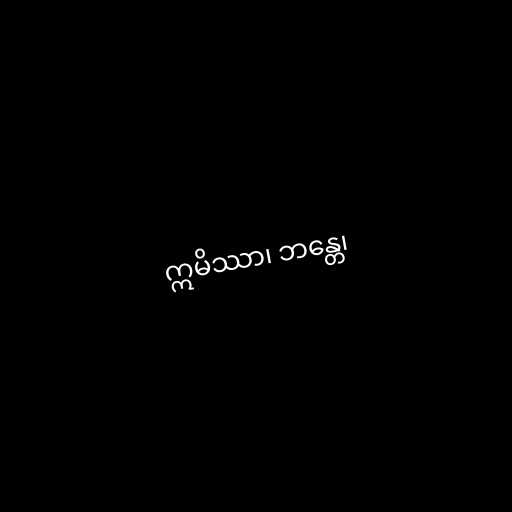
ဣမိဿာ၊ ဘန္တေ၊